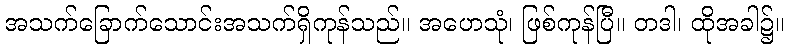
အသက်ခြောက်သောင်းအသက်ရှိကုန်သည်။ အဟေသုံ၊ ဖြစ်ကုန်ပြီ။ တဒါ၊ ထိုအခါ၌။